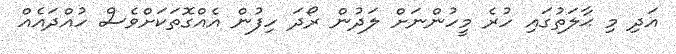
އަދި މި ޙާލަތުގައި ހުރެ މީހުންނަށް ލަދުން ރޯދަ ހިފުން އެއްގޮތަކަށްވެސް ހުއްދައެއް